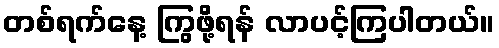
တစ်ရက်နေ့ ကြွဖို့ရန် လာပင့်ကြပါတယ်။